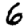
Digit: 6